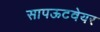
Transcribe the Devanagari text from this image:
सापऊटवेयर